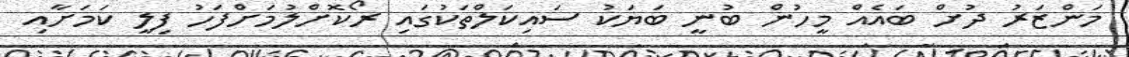
މަންޒަރު ދުށް ބައެއް މީހުން ބުނީ ބަޔަކު ސައިކަލްތަކުގައި ރޯކޮށްލުމަށްފަހު ފިލީ ކަމަށާއި